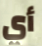
أي